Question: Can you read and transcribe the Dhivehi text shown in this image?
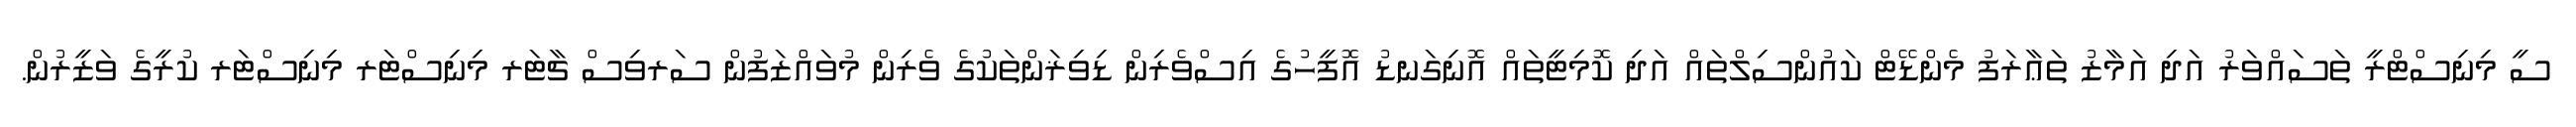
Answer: ސީ މިނިސްޓްރީ ތަސައްވަރު އަދި އަމާޒު ތަޢާރަފު މެންޑޭޓް ކައުންސިލްތައް އަދި ކޮމިޓީތައް އޮނިގަނޑު އޮފީހުގެ އިސްވެރިން ޑިވިޜަންތަކުގެ ވެރިން މުވައްޒަފުން ސަރވިސް ޗާޓަރ މިނިސްޓަރ މިނިސްޓަރ ކުރީގެ ވަޒީރުން.